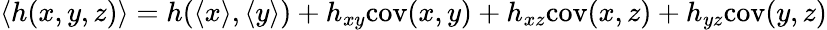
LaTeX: \langle h(x,y,z)\rangle=h(\langle x\rangle,\langle y\rangle)+h_{xy}\mathrm{cov}(x,y)+h_{xz}\mathrm{cov}(x,z)+h_{yz}\mathrm{cov}(y,z)